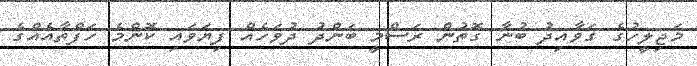
މަޖިލީހުގެ ގަވާއިދު ބުނާ ގޮތުން ރަސްމީ ބަންދު ދުވަހެއް ފިޔަވައި ކޮންމެ ހަފްތާއެއްގެ